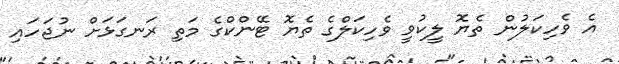
އެ ވެހިކަލުން ތެޔޮ ލީކުވީ ވެހިކަލްގެ ތެޔޮ ޓޭންކްގެ މަތި ރަނގަޅަށް ނުޖަހައި